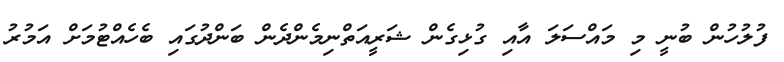
ފުލުހުން ބުނީ މި މައްސަލަ އާއި ގުޅިގެން ޝަރީއަތްނިމެންދެން ބަންދުގައި ބެހެއްޓުމަށް އަމުރު